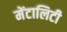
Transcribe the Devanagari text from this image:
मेंटालिटी